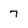
Character: 7